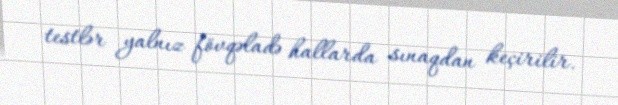
testlər yalnız fövqəladə hallarda sınaqdan keçirilir.